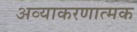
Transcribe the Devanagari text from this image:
अव्याकरणात्मक